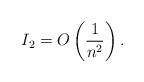
LaTeX: \begin{align*}I_2 = O\left(\frac{1}{n^2}\right).\end{align*}